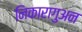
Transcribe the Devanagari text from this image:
निकारागुअन